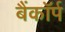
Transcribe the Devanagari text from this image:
बैंकॉर्प